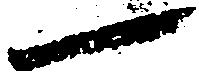
一